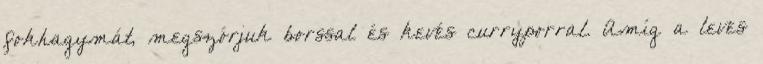
fokhagymát, megszórjuk borssal és kevés curryporral. Amíg a leves